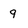
Character: 9